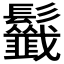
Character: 𩰁